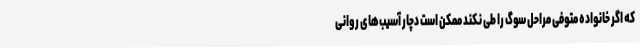
که اگر خانواده متوفی مراحل سوگ را طی نکند ممکن است دچار آسیب‌های روانی